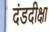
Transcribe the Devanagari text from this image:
दंडदीक्षा